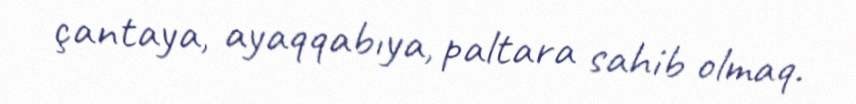
çantaya, ayaqqabıya, paltara sahib olmaq.